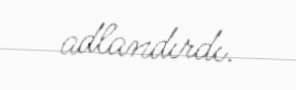
adlandırdı.